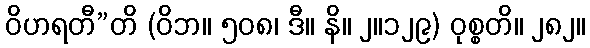
ဝိဟရတီ”တိ (ဝိဘ။ ၅၀၈၊ ဒီ။ နိ။ ၂။၁၂၉) ဝုစ္စတိ။ ၂၈၂။